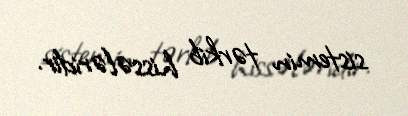
sistemin tərkib hissələridir.